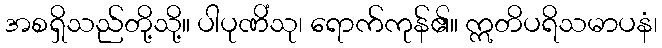
အစရှိသည်တို့သို့။ ပါပုဏိံသု၊ ရောက်ကုန်၏။ ဣတိပရိသမာပနံ၊